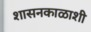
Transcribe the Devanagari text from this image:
शासनकाळाशी